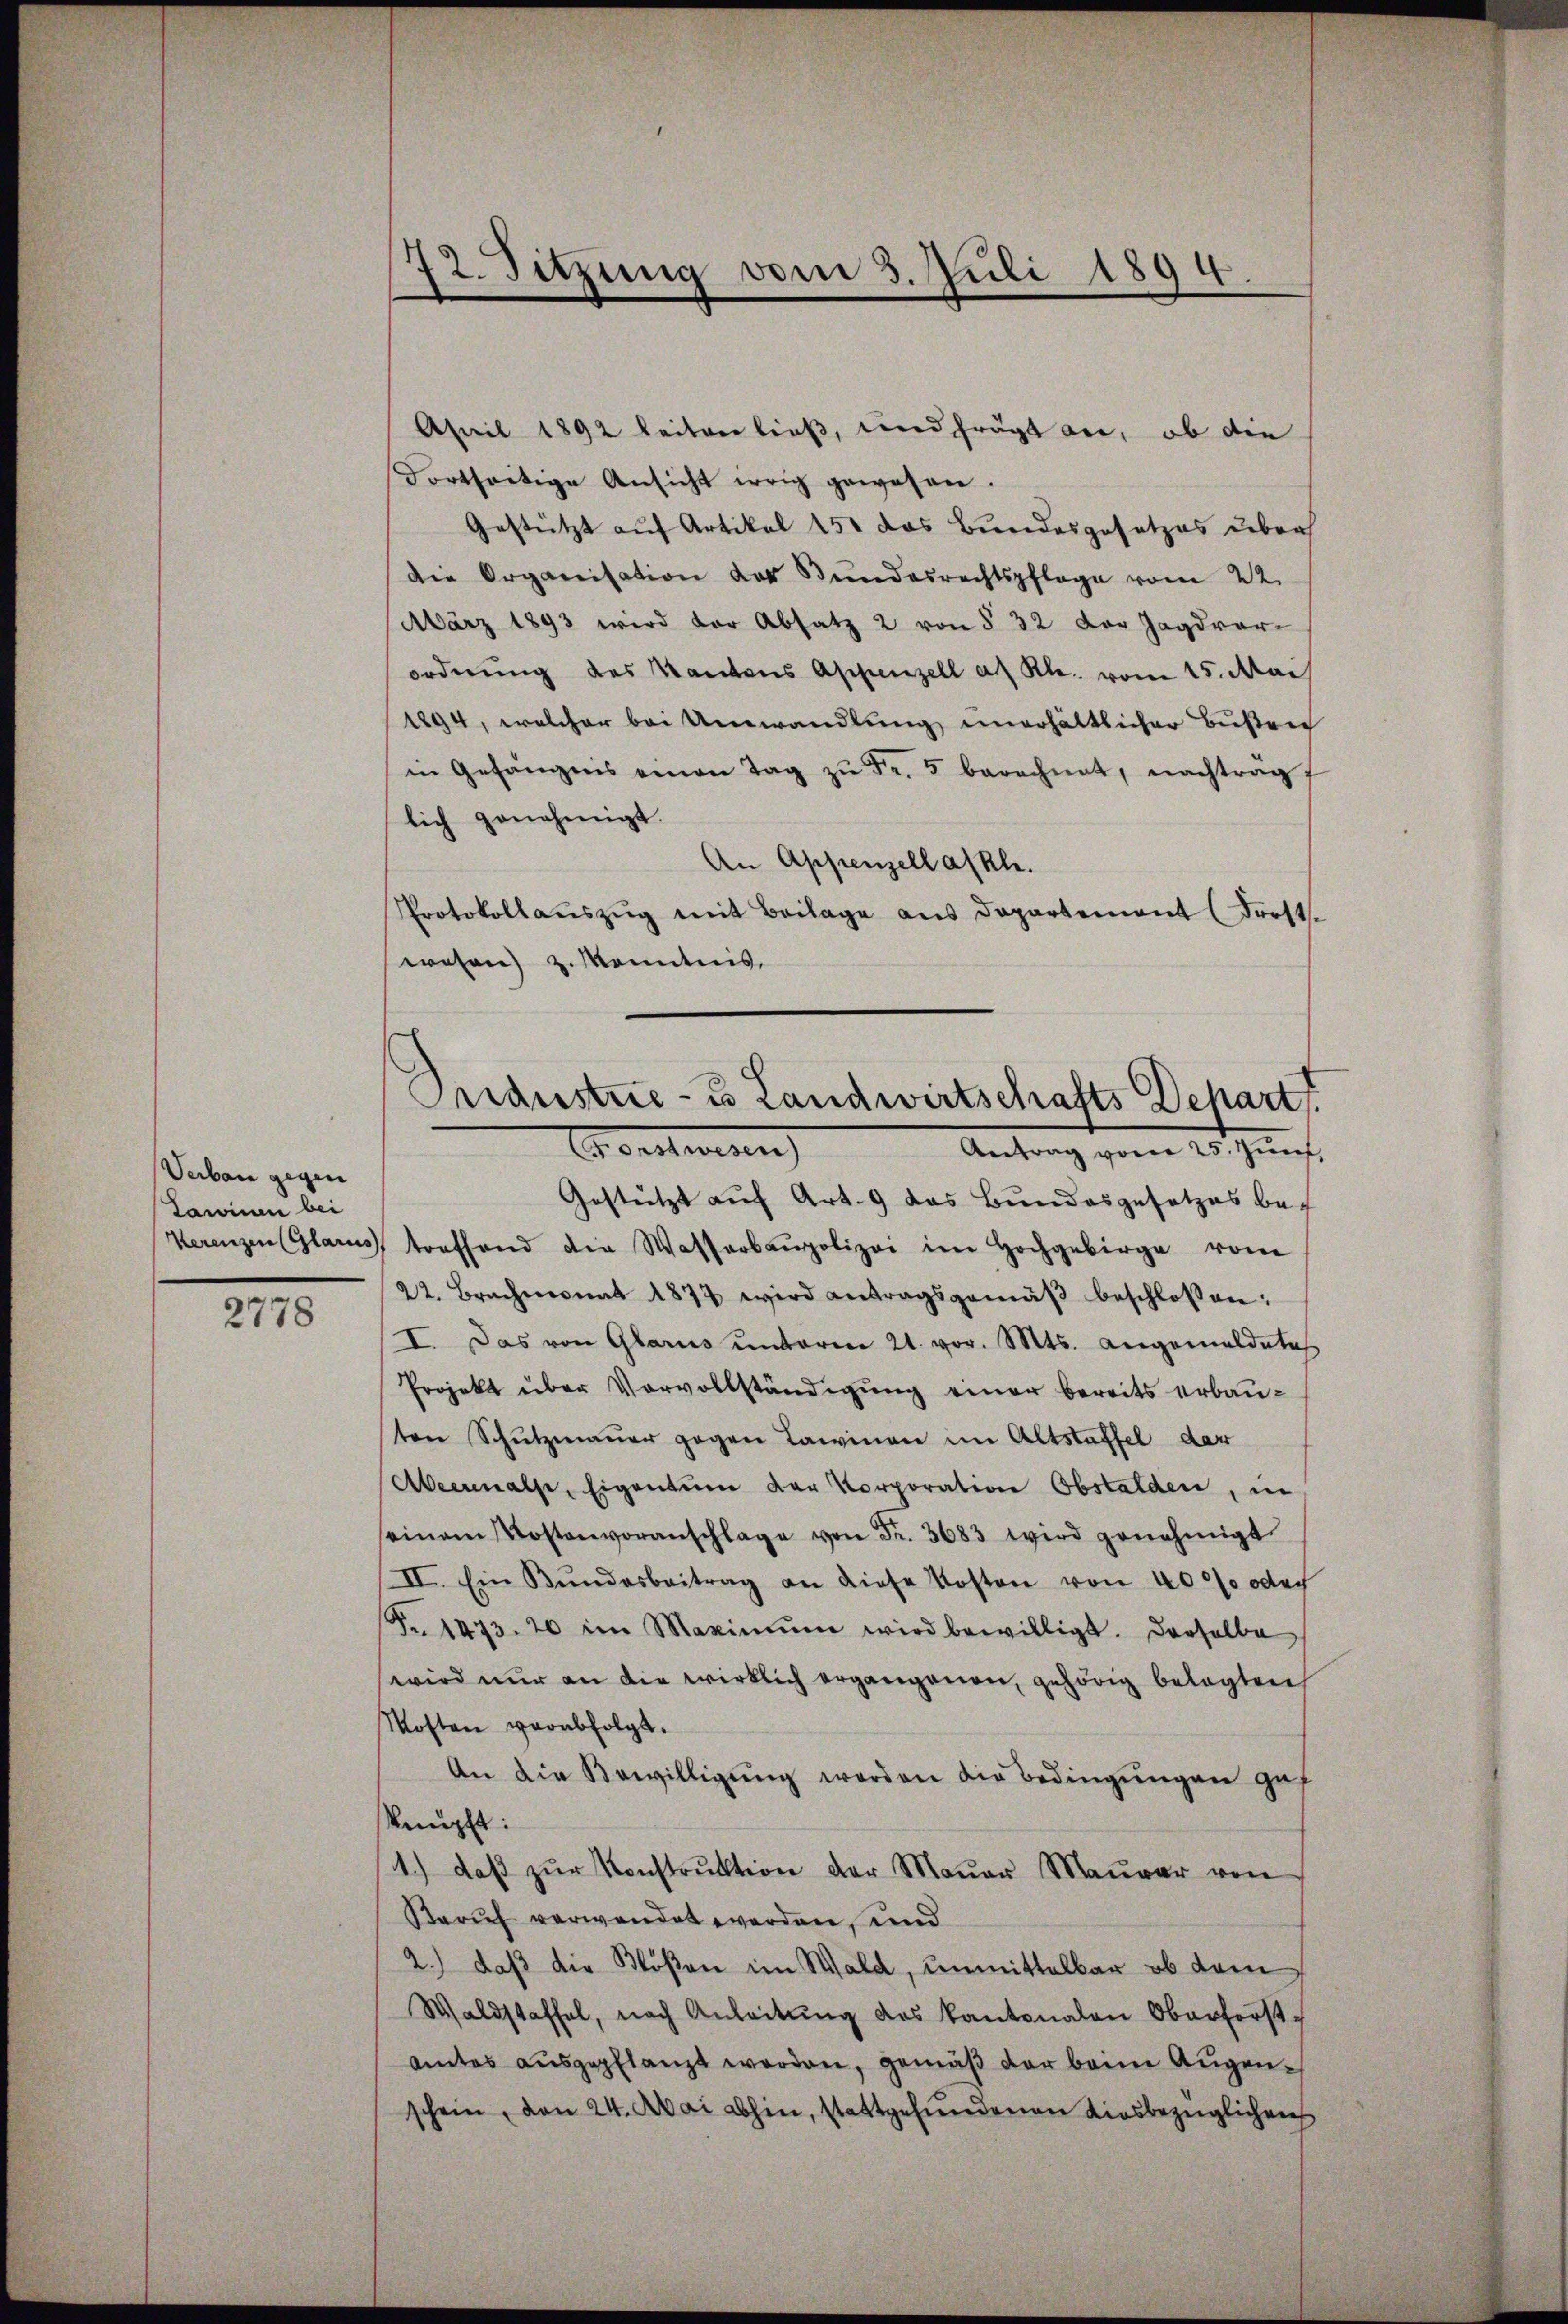
Verbau gegen
Lawinen bei

2778

April 1892 beiter ließ, wird frägt an, ob die
dortseitige Ansicht irrig gewesen.
Gestützt auf Artikel 150 das Bundesgesetzes über
die Organisation des Bundesrechtspflege vom 22.
März 1893 wird der Absatz 2 von § 32 der Jagdvorordnŭng des Kantons Appenzell a. Rh. vom 15. Mai
1894, welcher bei Umwandlung unerhältlicher Bußen
in Gefängens einen Tag zŭ Fr. 5 berechnet, nachträg
lich genehmigt.
An Appenzellaskh.
Protokollaŭszŭg mit Beilage aus Departement (Frost.
wesen z. Monntnis,

72. Sitzung vom 3. Juli 1894

Industrie- u Landwirtschafts Depart
Forstehen
Antrag vom 25. Zunft.

Gestützt auf Art. 9 das Bundesgesetzes bef
Herenzen (Glarus, treffend die Wasserbaupolizei im Hochgebirge vom
22. Brachmonat 1874 wird antragsgemäβ beschlossen:
I. Das von Glarus ŭnterm 21. vor. Mts. angemeldetes
Projekt über Vorvollständigung einer bereits erbauten Schŭtzmaŭer gegen Lawinen im Altstaffel der
Abermalse, Eigentum der Korporation Obstalden, in
seinem Kostenvoranschlage von Fr. 3683 wird genehmigt
II. Ein Bŭndesbeitrag an diese Kosten von 4000 oder
Fr. 1473. 20 im Maximŭm wird bewilligt. Derselbe
wird nur an die wirklich ergangenen, gehörig belegten
Mosten verabfolgt.
An die Bewilligung werden die Bedingungen gef
knüpft:
1.) daβ zŭr Konstrŭktion der Maŭer Maŭrer von
Beruf verwendet werden, und
2.) daß die Blößen im Wald, unmittelbar ob dem
Waldstaffel, nach Anleitŭng des Kantonalen Oberforstamtes ausgepflanzt werden, gemäß der beim Augenschein, den 24. Mai abhin, stattgefundenen Kiesbezüglichen